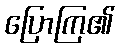
ပြောကြ၏